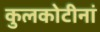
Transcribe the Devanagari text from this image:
कुलकोटीनां